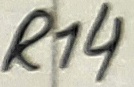
Text: R14